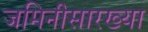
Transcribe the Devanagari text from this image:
जमिनीसारख्या